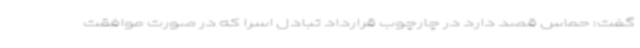
گفت: حماس قصد دارد در چارچوب قرارداد تبادل اسرا که در صورت موافقت